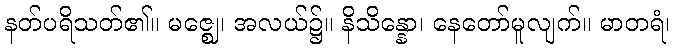
နတ်ပရိသတ်၏။ မဇ္ဈေ၊ အလယ်၌။ နိသိန္နော၊ နေတော်မူလျက်။ မာတရံ၊